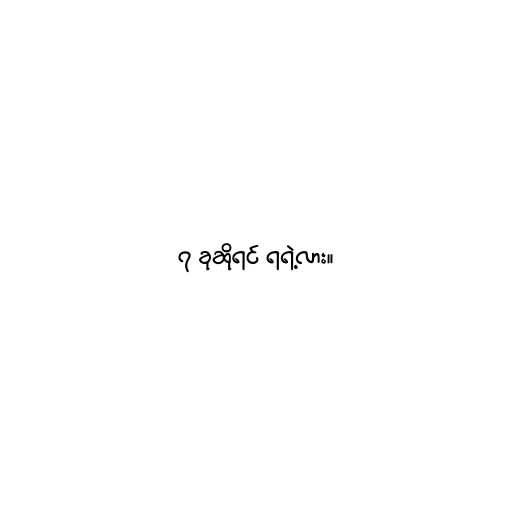
၇ ခုဆိုရင် ရရဲ့လား။